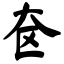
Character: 奁